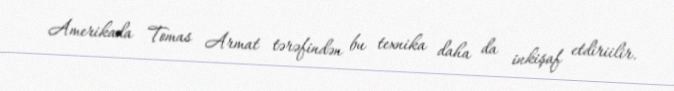
Amerikada Tomas Armat tərəfindən bu texnika daha da inkişaf etdiriilir.